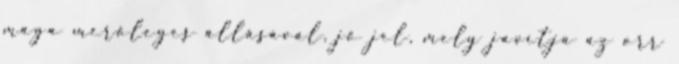
maga merőleges állásával, jó jel, mely javítja az orr